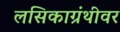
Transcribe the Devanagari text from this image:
लसिकाग्रंथीवर